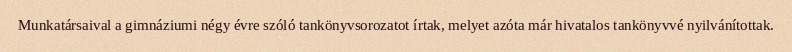
Munkatársaival a gimnáziumi négy évre szóló tankönyvsorozatot írtak, melyet azóta már hivatalos tankönyvvé nyilvánítottak.